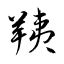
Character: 羠